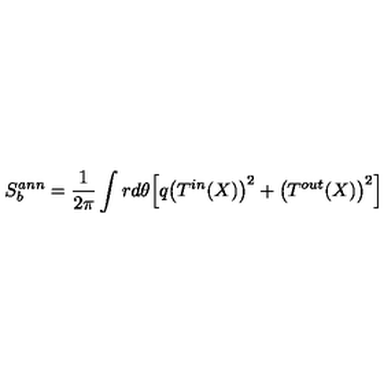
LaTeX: S _ { b } ^ { a n n } = \frac { 1 } { 2 \pi } \int r d \theta \Bigl [ q \bigl ( T ^ { i n } ( X ) \bigr ) ^ { 2 } + \bigl ( T ^ { o u t } ( X ) \bigr ) ^ { 2 } \Bigl ] \quad